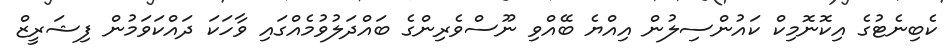
ކެބިނެޓުގެ އިކޮނޮމިކް ކައުންސިލުން އިއްޔެ ބޭއްވި ނޫސްވެރިންގެ ބައްދަލުވުމެއްގައި ވާހަކަ ދައްކަވަމުން ފިޝަރީޒް